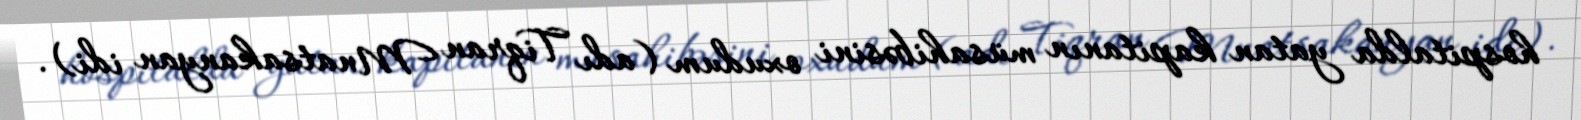
hospitalda yatan kapitanın müsahibəsini oxudum (adı Tiqran Mnatsakanyan idi).